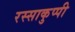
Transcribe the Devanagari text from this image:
रस्साकुप्पी